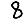
Digit: 8